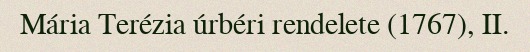
Mária Terézia úrbéri rendelete (1767), II.